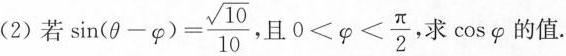
(2)若$$\sin ( θ - φ ) = \frac { \sqrt { 1 0 } } { 1 0 }$$,且$$0 < φ < \frac { π } { 2 }$$ ， 求\cos φ的值。